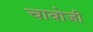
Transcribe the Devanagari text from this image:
चावोजी